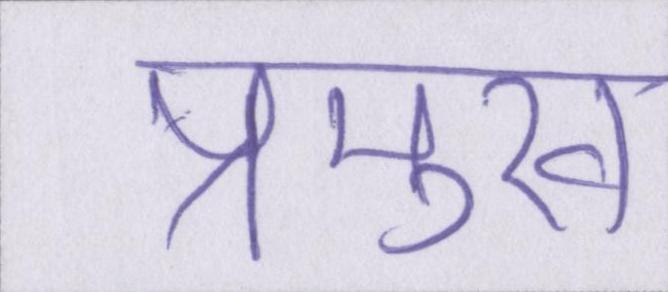
प्रमुख